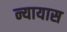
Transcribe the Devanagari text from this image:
न्यायास